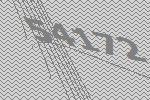
54172